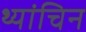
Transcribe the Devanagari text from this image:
थ्यांचिन